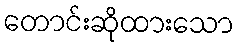
တောင်းဆိုထားသော